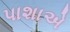
પાશાએ